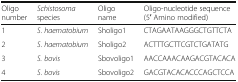
<table><thead><tr><td><b>Oligo number</b></td><td><b><i>Schistosoma</i> species</b></td><td><b>Oligo name</b></td><td><b>Oligo-nucleotide sequence(5′ Amino modified)</b></td></tr></thead><tbody><tr><td>1</td><td><i>S</i>. <i>haematobium</i></td><td>Sholigo1</td><td>CTAGAATAAGGGCTGTTCTA</td></tr><tr><td>2</td><td><i>S</i>. <i>haematobium</i></td><td>Sholigo2</td><td>ACTTTGCTTCGTCTGATATG</td></tr><tr><td>3</td><td><i>S. bovis</i></td><td>Sbovoligo1</td><td>AACCAAACAAGACGTACACA</td></tr><tr><td>4</td><td><i>S</i>. <i>bovis</i></td><td>Sbovoligo2</td><td>GACGTACACACCCAGCTCCA</td></tr></tbody></table>